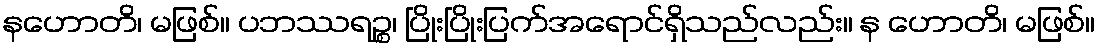
နဟောတိ၊ မဖြစ်။ ပဘဿရဉ္စ၊ ပြိုးပြိုးပြက်အရောင်ရှိသည်လည်း။ န ဟောတိ၊ မဖြစ်။